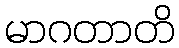
မာဂတာတိ